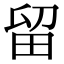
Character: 留